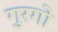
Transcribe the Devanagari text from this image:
गुरगो